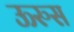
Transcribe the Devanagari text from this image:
ऊरुस